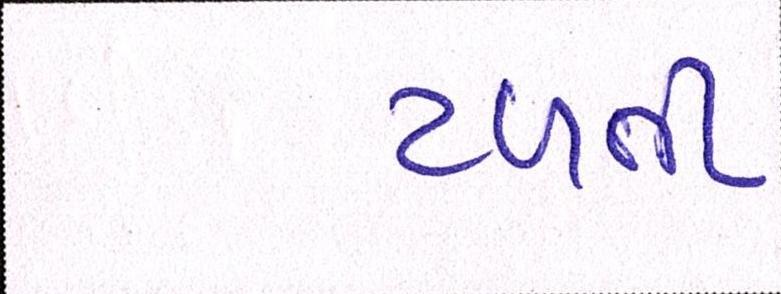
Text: ટળતી